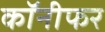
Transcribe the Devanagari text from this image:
कॉनीफर